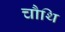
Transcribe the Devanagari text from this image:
चौथि